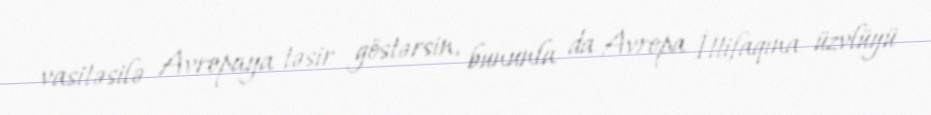
vasitəsilə Avropaya təsir göstərsin, bununla da Avropa İttifaqına üzvlüyü